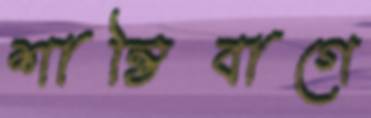
শান্তিবাগে